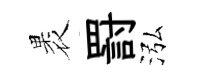
褁罸泓